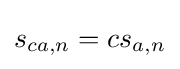
s_{ca,n}=cs_{a,n}